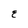
Character: E